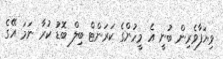
ވިޔަފާވެރިން ބުނީ އެ މީހުންގެ ކަރަންޓް ބިލް ބޮޑު ކުރާ ނަމަ އޭގެ